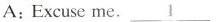
A:Excuse me. \underline{1}